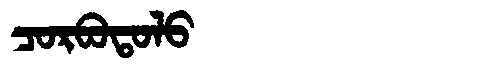
Manchu: ᠴᠣᡵᠪᠣᡨᠣᠯᠣ
Romanization: CORBOTOLO